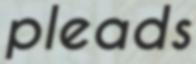
pleads